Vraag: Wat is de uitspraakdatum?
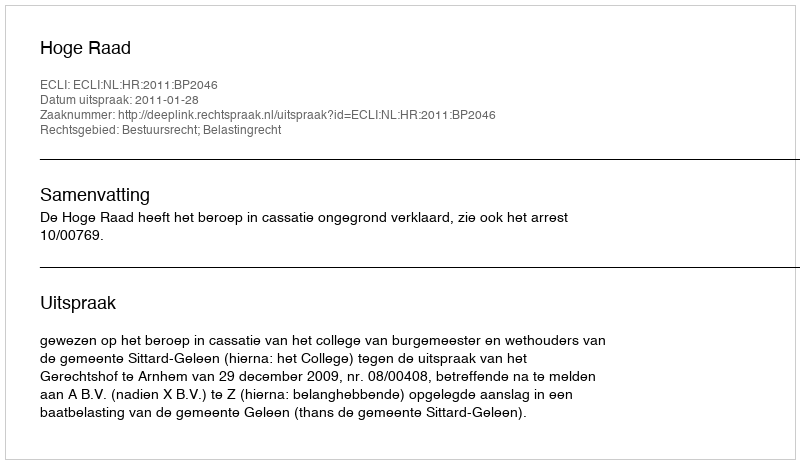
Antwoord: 2011-01-28